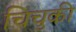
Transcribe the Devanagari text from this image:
चिचुकी